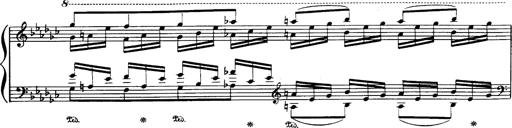
Title: Danza sacra e duetto finale dâ€™Aida
Composer: Franz Liszt